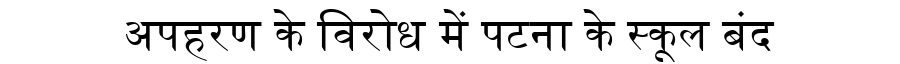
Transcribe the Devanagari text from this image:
अपहरण के विरोध में पटना के स्कूल बंद